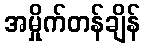
အမှိုက်တန်ချိန်